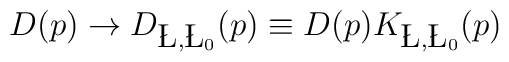
D(p)\rightarrow D_{\L, \L_0}(p) \equiv D(p) K_{\L, \L_0}(p)